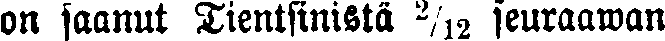
on saanut Tientsinistä ²/₁₂ seuraawan